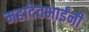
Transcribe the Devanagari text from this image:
महादेवभाईंनी